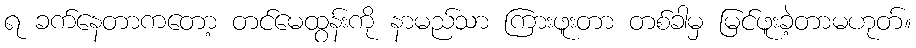
ရ ခက်နေတာကတော့ တင်မေထွန်းကို နာမည်သာ ကြားဖူးတာ တစ်ခါမှ မြင်ဖူးခဲ့တာမဟုတ်။